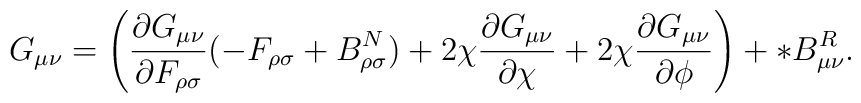
G_{\mu\nu}=  \left(\frac{\partial G_{\mu\nu}}{\partial  F_{\rho\sigma}}(-F_{\rho\sigma}+B^N_{\rho\sigma})+2\chi\frac{\partial  G_{\mu\nu}}{\partial\chi}+2\chi\frac{\partial  G_{\mu\nu}}{\partial\phi}\right) +  *B^{R}_{\mu\nu}.